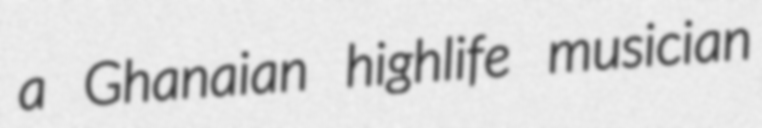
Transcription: a Ghanaian highlife musician